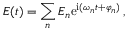
E ( t ) = \sum _ { n } E _ { n } \mathrm { e } ^ { \mathrm { i } ( \omega _ { n } t + \varphi _ { n } ) } \, ,